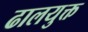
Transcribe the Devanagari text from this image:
ढालयुक्त